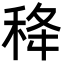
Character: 𥞜